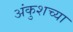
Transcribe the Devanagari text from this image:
अंकुशच्या